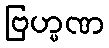
ဗြဟ္မဏ